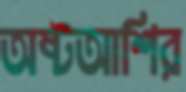
অষ্টআশির